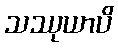
သဿုယာပိ